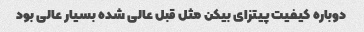
دوباره کیفیت پیتزای بیکن مثل قبل عالی شده بسیار عالی بود